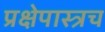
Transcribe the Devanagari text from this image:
प्रक्षेपास्त्रच